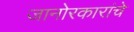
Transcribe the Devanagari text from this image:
जानोरकारांचे